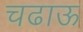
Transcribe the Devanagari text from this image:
चढाऊ